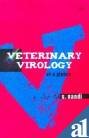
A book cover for Veterinary Virology at a glance; Nandi S.; Medical Books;